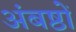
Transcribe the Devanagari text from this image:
अंबष्ठों